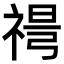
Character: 𥚜